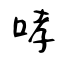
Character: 哮